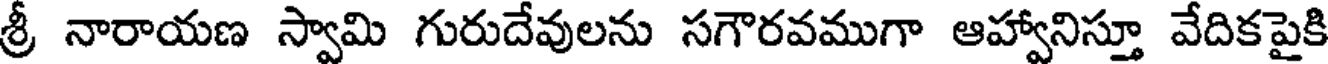
శ్రీ నారాయణ స్వామి గురుదేవులను సగౌరవముగా ఆహ్వానిస్తూ వేదికపైకి